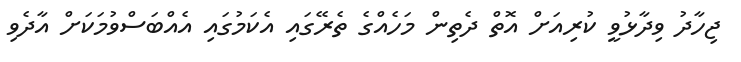
ޖިހާދު ވިދާޅުވީ ކުރިއަށް އޮތް ދެތިން މަހެއްގެ ތެރޭގައި އެކަމުގައި އެއްބަސްވުމަކަށް އާދެވި